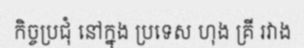
កិច្ចប្រជុំ នៅក្នុង ប្រទេស ហុង គ្រី រវាង